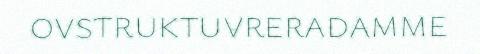
ovstruktuvreradamme